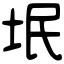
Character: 垊